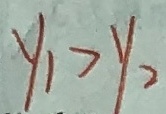
y _ { 1 } > y _ { 2 }